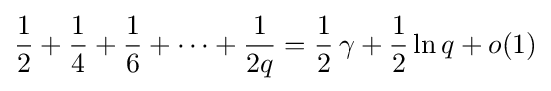
{1 \over 2}+{1 \over 4}+{1 \over 6}+\cdots +{1 \over 2q}={1 \over 2}\,\gamma +{1 \over 2}\ln q+o(1)